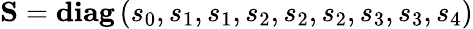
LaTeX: \mathbf{S}=\mathbf{diag}\left(s_{0},s_{1},s_{1},s_{2},s_{2},s_{2},s_{3},s_{3},s_{4}\right)